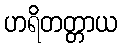
ဟရိတတ္တာယ